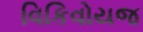
વિકિવોયજ